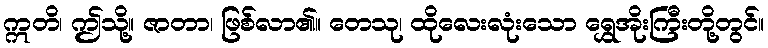
ဣတိ၊ ဤသို့။ ဇာတာ၊ ဖြစ်လာ၏။ တေသု၊ ထိုလေးလုံးသော ရွှေအိုးကြီးတို့တွင်။